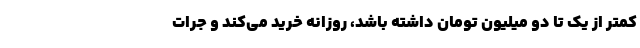
کمتر از یک تا دو میلیون تومان داشته باشد، روزانه خرید می‌کند و جرات